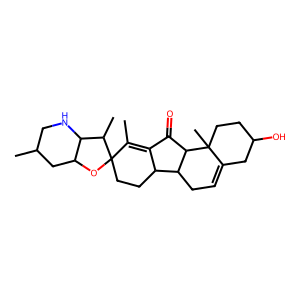
SMILES: CC1=C2C(=O)C3C(CC=C4CC(O)CCC43C)C2CCC12OC1CC(C)CNC1C2C
Inhibits HIV replication: No